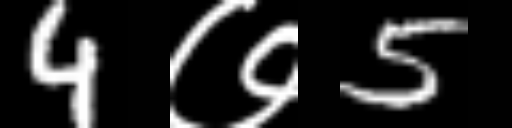
Text: 4७5